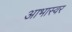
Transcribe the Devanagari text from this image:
आभास्वर